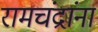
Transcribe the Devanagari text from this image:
रामचंद्रांना